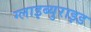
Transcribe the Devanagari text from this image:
ग्लाइब्युराइड